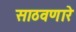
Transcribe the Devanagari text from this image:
साठवणारे